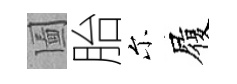
圗胎尓履